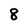
Character: 8